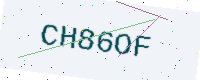
Text: CH86OF